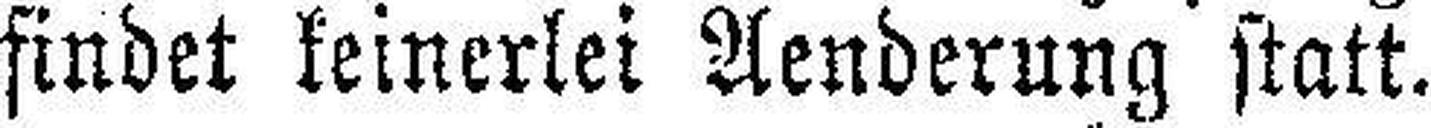
findet keinerlei Aenderung statt.